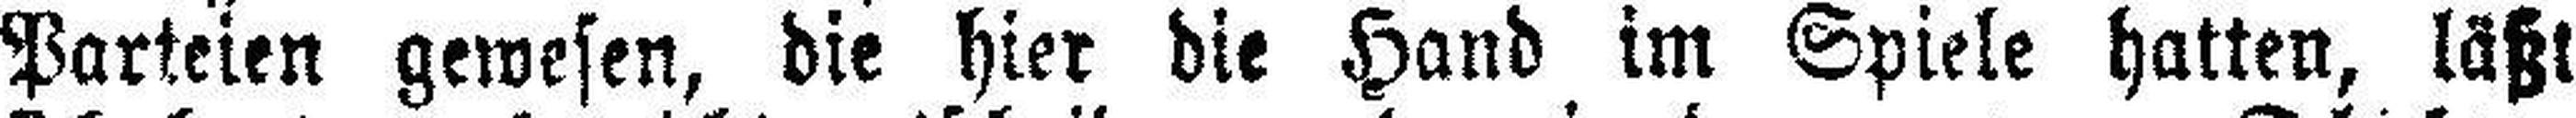
Parteien gewesen, die hier die Hand im Spiele hatten, läßt